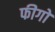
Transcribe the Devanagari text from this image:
फीगो